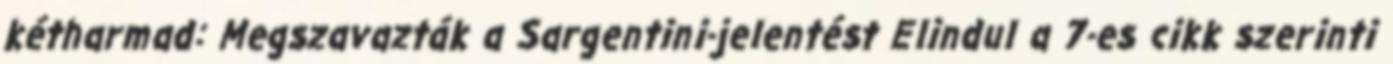
kétharmad: Megszavazták a Sargentini-jelentést Elindul a 7-es cikk szerinti